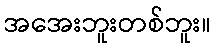
အအေးဘူးတစ်ဘူး။